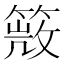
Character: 𥰙